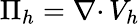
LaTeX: \Pi_{h}={{\nabla\cdot}\, }V_{h}